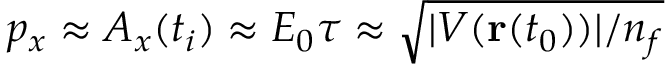
p _ { x } \approx A _ { x } ( t _ { i } ) \approx E _ { 0 } \tau \approx \sqrt { | V ( \mathbf { r } ( t _ { 0 } ) ) | / n _ { f } }